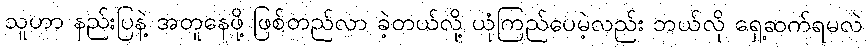
သူဟာ နည်းပြနဲ့ အတူနေဖို့ ဖြစ်တည်လာ ခဲ့တယ်လို့ ယုံကြည်ပေမဲ့လည်း ဘယ်လို ရှေ့ဆက်ရမလဲ